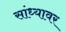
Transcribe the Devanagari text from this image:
सांध्यावर